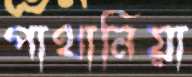
পাথানিয়া